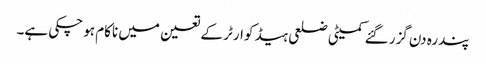
پندرہ دن گزر گئے کمیٹی ضلعی ہیڈ کوارٹر کے تعین میں ناکام ہو چکی ہے۔